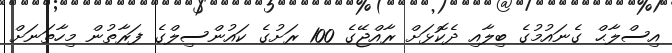
އިސްލާޙް ގެނައުމުގެ ބިލާއި ދެކޮޅަށް ރާއްޖޭގެ 100 ރަށުގެ ކައުންސިލްގެ ފަރާތުން މިހާތަނަށް